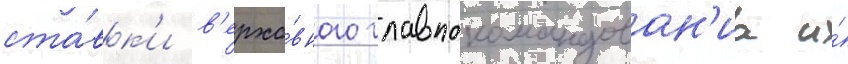
ста́вк'и в'ерхо́вного главнокомандован'иа и́